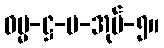
ဓမ္မ-ဋ္ဌ-ပ-အုပ်-၅။